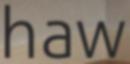
haw